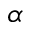
\boldsymbol { \alpha }